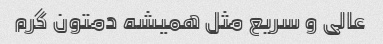
عالی و سریع مثل همیشه دمتون گرم